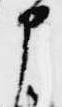
申